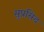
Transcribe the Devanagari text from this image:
सुप्रसिद